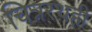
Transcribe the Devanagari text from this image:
चित्ररथही